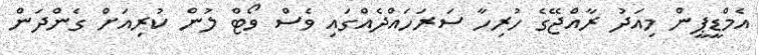
އެމްޑީޕީން މިއަދު ރާއްޖޭގެ ހުރިހާ ސަރަހައްދެއްގައި ވެސް ވޯޓް ލުން ކުރިއަށް ގެންދަން